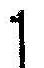
1